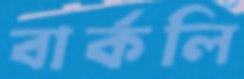
বার্কলি